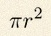
\pi r^2